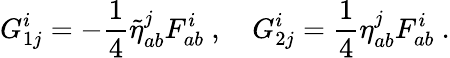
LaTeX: G_{1j}^{i}=-\frac{1}{4}\tilde{\eta}_{ab}^{j}F_{ab}^{i}\ ,\quad G_{2j}^{i}=\frac{1}{4}\eta_{ab}^{j}F_{ab}^{i}\ .